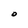
Character: O